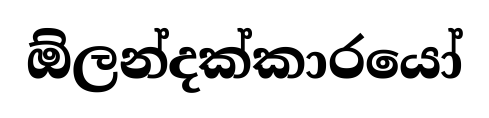
ඕලන්දක්කාරයෝ